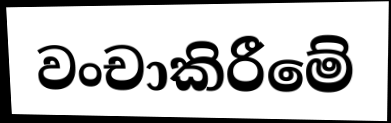
වංචාකිරීමේ